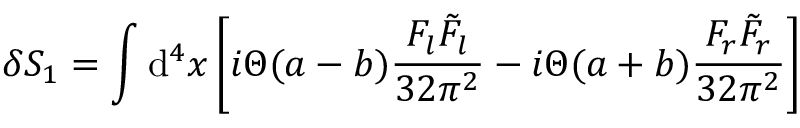
\delta S _ { 1 } = \int \mathrm { d } ^ { 4 } x \left[ i \Theta ( a - b ) \frac { F _ { l } \tilde { F } _ { l } } { 3 2 \pi ^ { 2 } } - i \Theta ( a + b ) \frac { F _ { r } \tilde { F } _ { r } } { 3 2 \pi ^ { 2 } } \right]